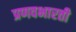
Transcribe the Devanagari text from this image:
प्रणवभारती